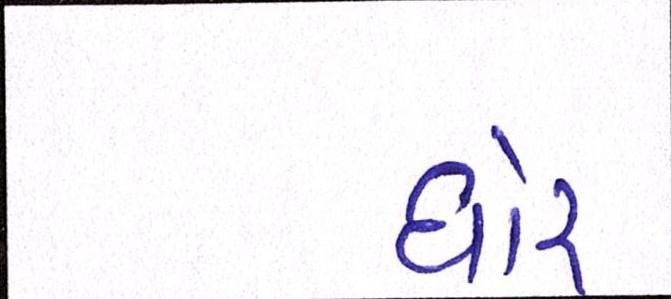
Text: ઘોર